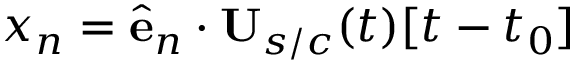
x _ { n } = \ensuremath { \hat { \mathbf { e } } } _ { n } \cdot \mathbf { U } _ { s / c } ( t ) [ t - t _ { 0 } ]